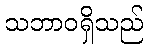
သဘာဝရှိသည်